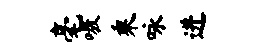
毫嗷乘咏进